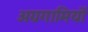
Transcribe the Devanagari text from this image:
अग्रगामियों